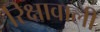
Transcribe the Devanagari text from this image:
रिक्षावाली